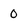
Character: 0